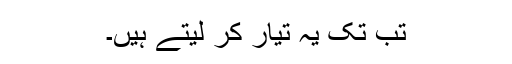
تب تک یہ تیار کر لیتے ہیں۔